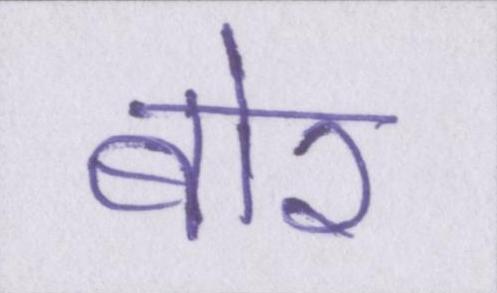
बोर